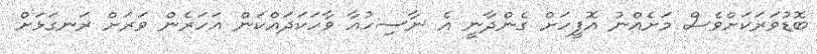
ބޮޑުވަރަކަށްވެސް މަށެއްނު އޮފީހަށް ގެންދާނީ އެ ނާސިހުއާ ވާހަކަދައްކަން އަހަރެން ވަރަށް ރަނގަޅަށް